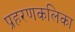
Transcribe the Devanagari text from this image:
प्रहरणकलिका